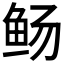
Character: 𫚊